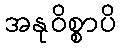
အနုဝိစ္စာပိ